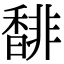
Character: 馡